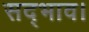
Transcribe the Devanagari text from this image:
सद्भाव।